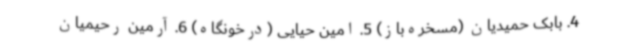
4. بابک حمیدیان (مسخره‌باز) 5. امین حیایی (درخونگاه) 6. آرمین رحیمیان